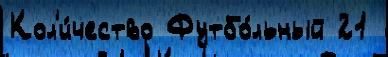
Кол'и́чество Футбо́льный 21